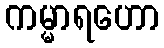
ကမ္မာရဟော